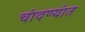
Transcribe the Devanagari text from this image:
चांदण्यांत